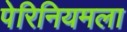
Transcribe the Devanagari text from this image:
पेरिनियमला